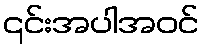
၎င်းအပါအဝင်